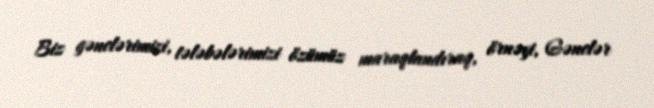
Biz gənclərimizi, tələbələrimizi özümüz maraqlandıraq, örnəyi, Gənclər